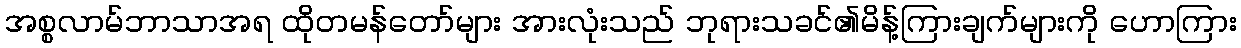
အစ္စလာမ်ဘာသာအရ ထိုတမန်တော်များ အားလုံးသည် ဘုရားသခင်၏မိန့်ကြားချက်များကို ဟောကြား